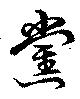
黨